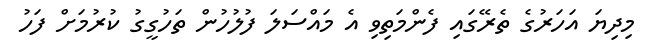
މިދިޔަ އަހަރުގެ ތެރޭގައި ފެންމަތިވި އެ މައްސަލަ ފުލުހުން ތަހުގީގު ކުރުމަށް ފަހު